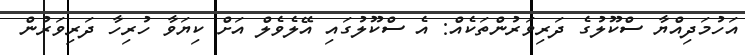
އަހުމަދިއްޔާ ސްކޫލުގެ ދަރިވަރުންތަކެއް: އެ ސްކޫލުގައި އޭލެވެލް އަށް ކިޔަވާ ހުރިހާ ދަރިވަރުން